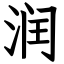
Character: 润